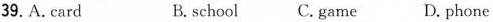
39.A.card B. school C.game D. phone